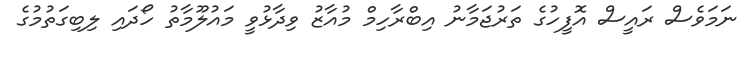
ނަމަވެސް ރައީސް އޮފީހުގެ ތަރުޖަމާނު އިބްރާހިމް މުއާޒު ވިދާޅުވީ މައުލޫމާތު ހޯދައި ލިބިގަތުމުގެ